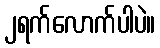
၂ရက်လောက်ပါပဲ။